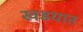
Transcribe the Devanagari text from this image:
खडयात